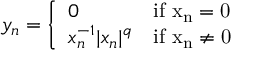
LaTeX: y _ { n } = { \left\{ \begin{array} { l l } { 0 } & { \mathrm { { { i f } \ x _ { n } = 0 } } } \\ { x _ { n } ^ { - 1 } | x _ { n } | ^ { q } } & { \mathrm { { { i f } \ x _ { n } \not = 0 } } } \end{array} \right. }